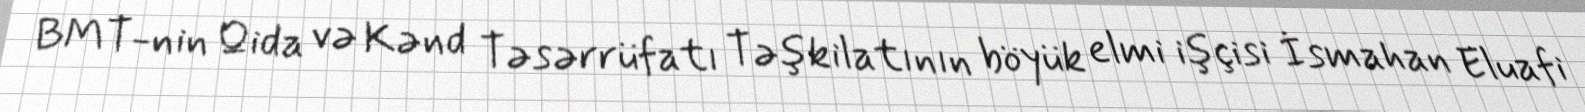
BMT-nin Qida və Kənd Təsərrüfatı Təşkilatının böyük elmi işçisi İsmahan Eluafi